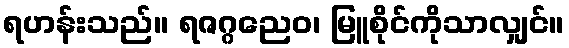
ရဟန်းသည်။ ရဇဂ္ဂညေဝ၊ မြူစိုင်ကိုသာလျှင်။